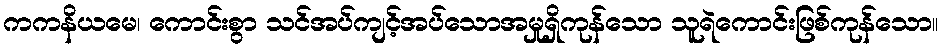
ကကနိယမေ၊ ကောင်းစွာ သင်အပ်ကျင့်အပ်သောအမှုရှိကုန်သော သူရဲကောင်းဖြစ်ကုန်သော။